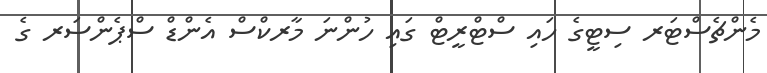
މެންޗެސްޓަރ ސިޓީގެ ހައި ސްޓްރީޓް ގައި ހުންނަ މާރކްސް އެންޑް ސްޕެންސަރ ގެ